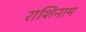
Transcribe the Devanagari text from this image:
राशिनाम